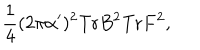
LaTeX: \frac { 1 } { 4 } ( 2 \pi \alpha ^ { \prime } ) ^ { 2 } \mathrm { T r } B ^ { 2 } \mathrm { T r } F ^ { 2 } ,